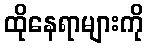
ထိုနေရာများကို